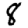
Digit: 8